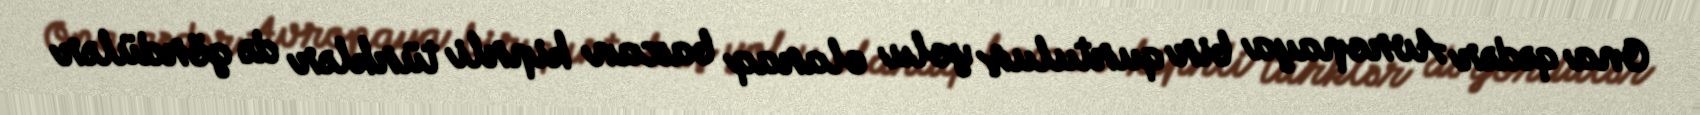
Ona qədər Avropaya bir qurtuluş yolu olaraq baxan kiprli türklər də gördülər